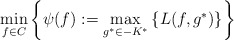
\begin{align*}\min_{f\in C}\left\{\psi(f):=\max_{g^*\in -K^*}\left\{L(f, g^*)\right\}\right\}\end{align*}